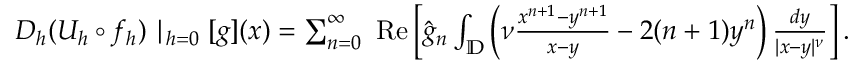
\begin{array} { r } { D _ { h } ( U _ { h } \circ f _ { h } ) \mid _ { h = 0 } [ g ] ( x ) = \sum _ { n = 0 } ^ { \infty } \mathrm { \normalfont ~ R e } \left[ \hat { g } _ { n } \int _ { \mathbb { D } } \left( \nu \frac { x ^ { n + 1 } - y ^ { n + 1 } } { x - y } - 2 ( n + 1 ) y ^ { n } \right) \frac { d y } { | x - y | ^ { \nu } } \right] . } \end{array}